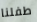
طفلنا